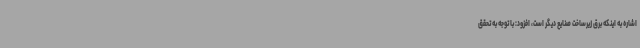
اشاره به اینکه برق زیرساخت صنایع دیگر است، افزود: با توجه به تحقق